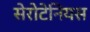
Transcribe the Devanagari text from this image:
सेरोटेनियस